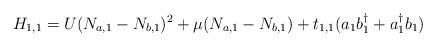
LaTeX: \begin{align*}H_{1,1} = U(N_{a,1}-N_{b,1})^2+\mu(N_{a,1}-N_{b,1})+t_{1,1}(a_{1}b_{1}^\dagger+a_{1}^\dagger b_{1})\end{align*}